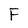
Character: F